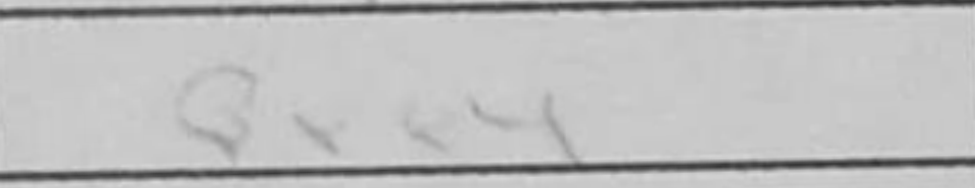
Transcription: Qxe4